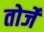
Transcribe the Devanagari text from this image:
तोर्जे